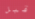
قبل